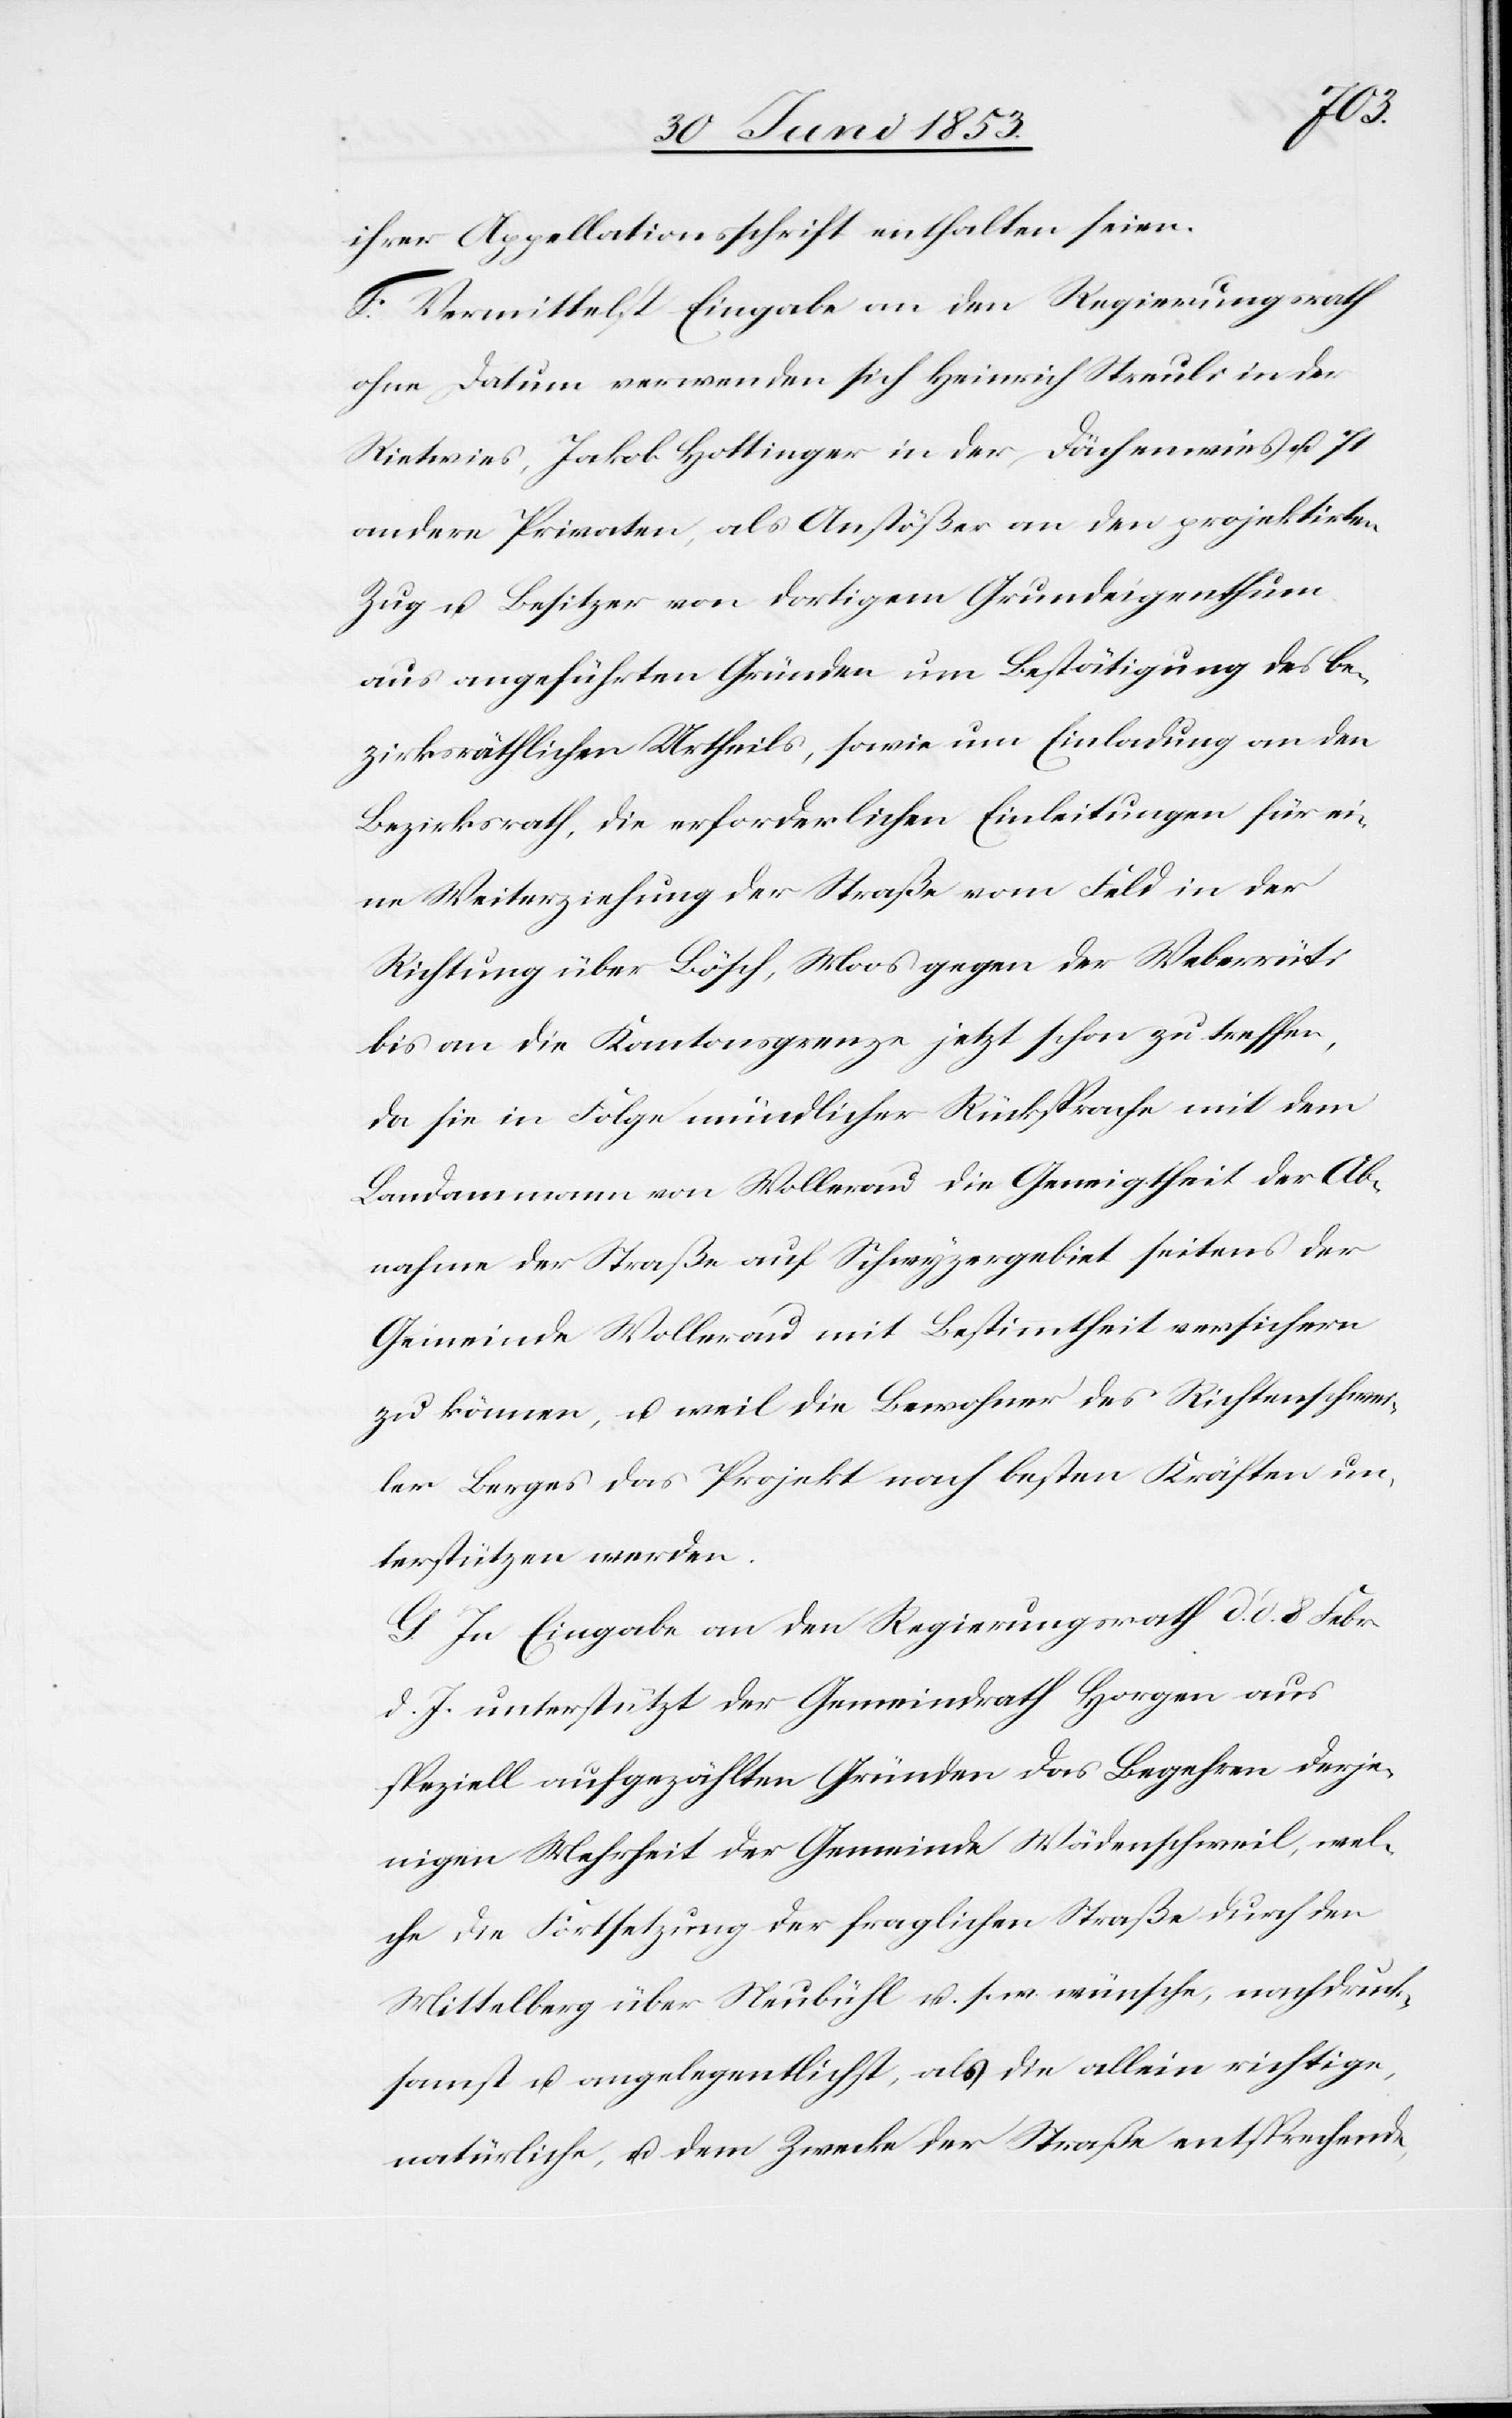
ihrer Appellationschrift enthalten seien.
F. Vermittelst Eingabe an den Regierungsrath
ohne Datum verwenden sich Heinrich Staubli in der
Rietwies, Jakob Hottinger in der Dächenwies u. 71
andere Privaten, als Anstößer an den projektirten
Zug u. Besitzer von dortigem Grundeigenthum
aus angeführten Gründen um Bestätigung des be¬
zirksräthlichen Urtheils, sowie um Einladung an den
Bezirksrath, die erforderlichen Einleitungen für ei¬
ne Weiterziehung der Straße vom Feld in der
Richtung über Bösch, Moos gegen Weberrüti
bis an die Kantonsgrenze jetzt schon zu treffen,
da sie in Folge mündlicher Rücksprache mit dem
Landamann von Wollerau die Geneigtheit der Ab¬
nahme der Straße auf Schwyzergebiet seitens der
Gemeinde Wollerau mit Bestimmtheit versichern
zu können, u. weil die Bewohner des Richterschwei¬
ler Berges das Projekt nach besten Kräften un¬
terstützen werden.
G. In Eingabe an den Regierungsrath d. d. 8 Febr.
d. J. unterstützt der Gemeindrath Horgen aus
speziell aufgezählten Gründen das Begehren derje¬
nigen Mehrheit der Gemeinde Wädenschweil, wel¬
che die Fortsetzung der fraglichen Straße durch den
Mittelberg über Neubühl u. s. w. wünsche, nachdruck¬
samst u. angelegentlichst, als die allein richtige,
natürliche, u. dem Zwecke der Straße entsprechende,